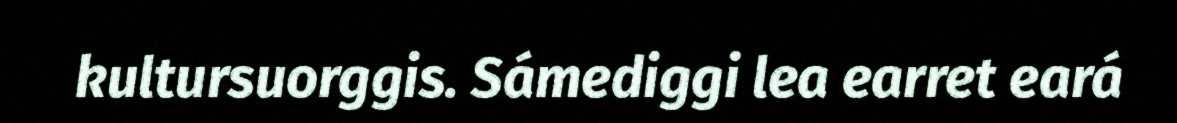
kultursuorggis. Sámediggi lea earret eará